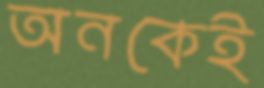
অনকেই